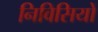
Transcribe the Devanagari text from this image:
निविसियों